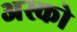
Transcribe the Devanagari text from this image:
अस्को